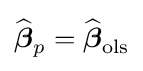
{\widehat {\boldsymbol {\beta }}}_{p}={\widehat {\boldsymbol {\beta }}}_{\mathrm {ols} }